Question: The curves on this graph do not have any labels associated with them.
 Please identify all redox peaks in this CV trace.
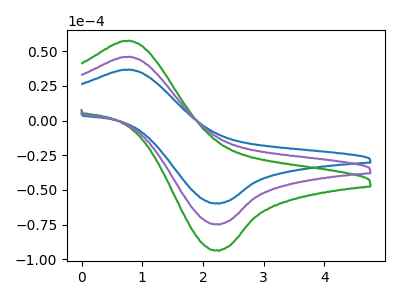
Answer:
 <answer>The blue curve "blue" has an anodic peak at (0.80V, 36.60uA) and a cathodic peak at (2.25V, -59.60uA). The green curve "green" has an anodic peak at (0.80V, 91.60uA) and a cathodic peak at (2.25V, -149.20uA). The purple curve "purple" has an anodic peak at (0.80V, 45.80uA) and a cathodic peak at (2.25V, -74.60uA).</answer>
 <eval></eval>